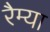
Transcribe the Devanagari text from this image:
रैम्या